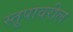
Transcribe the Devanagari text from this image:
स्तूपावरील